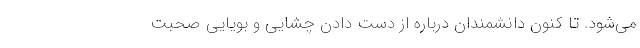
می‌شود. تا کنون دانشمندان درباره از دست دادن چشایی و بویایی صحبت